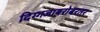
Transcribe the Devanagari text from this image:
दिग्गजाबरोबरतर